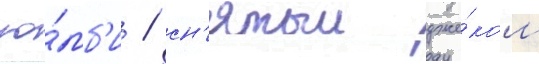
зо́мб'и / сн'ятыи дже́ком